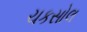
ચકસોલ